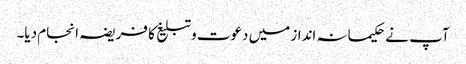
آپ نے حکیمانہ انداز میں دعوت و تبلیغ کا فریضہ انجام دیا۔